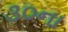
૩૦ના